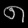
Digit: ၈